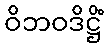
ဝိဘဝဒိဋ္ဌိံ